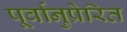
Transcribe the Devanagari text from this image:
पूर्वानुप्रेरित